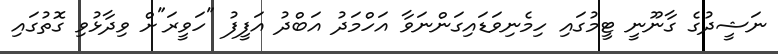
ނަޝީދުގެ ގާނޫނީ ޓީމުގައި ހިމެނިވަޑައިގަންނަވާ އަހްމަދު އަބްދު އަފީފު "ހަވީރަ"ށް ވިދާޅުވި ގޮތުގައި